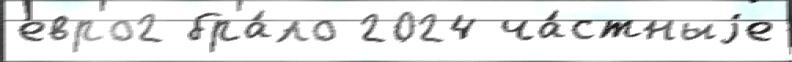
евро2 бра́ло 2024 ча́стныjе